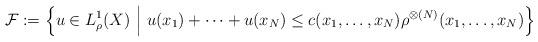
LaTeX: \begin{align*}\mathcal{F}:=\left\{u\in L^1_\rho(X)~\Big|~u(x_1)+\cdots +u(x_N)\le c(x_1,\ldots, x_N)\rho ^{\otimes (N)}(x_1,\ldots, x_N)\right\}\end{align*}